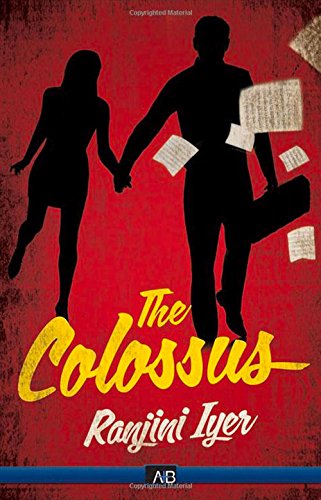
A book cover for The Colossus; Ranjiini Iyer; Romance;